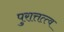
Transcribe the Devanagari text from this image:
पुरात्तत्त्व